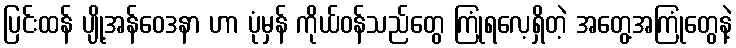
ပြင်းထန် ပျို့အန်ဝေဒနာ ဟာ ပုံမှန် ကိုယ်ဝန်သည်တွေ ကြုံရလေ့ရှိတဲ့ အတွေ့အကြုံတွေနဲ့